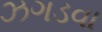
ઝગડવા